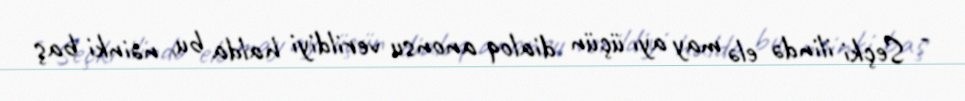
- Seçki ilində elə may ayı üçün dialoq anonsu verildiyi halda bu, nəinki baş